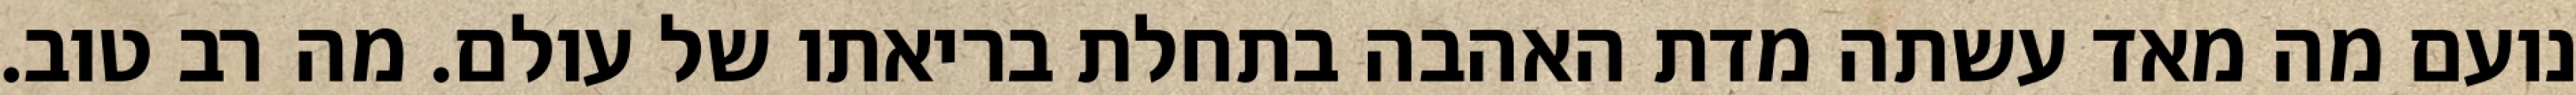
נועם מה מאד עשתה מדת האהבה בתחלת בריאתו של עולם. מה רב טוב.